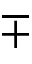
\mp